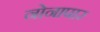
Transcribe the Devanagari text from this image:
नोनापार